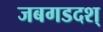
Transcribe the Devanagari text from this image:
जबगडदश्